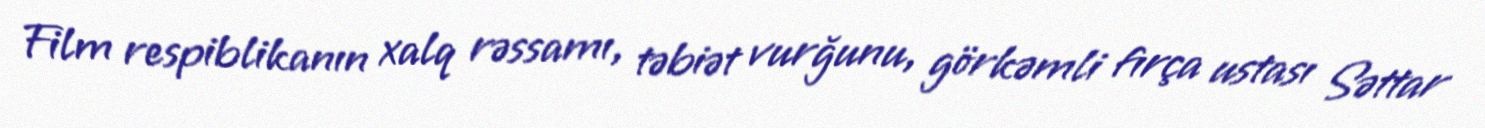
Film respiblikanın xalq rəssamı, təbiət vurğunu, görkəmli fırça ustası Səttar